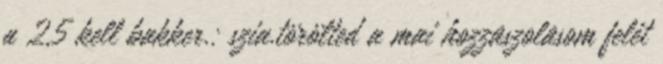
a 2,5 kell bakker.: szia.törölted a mai hozzåszolåsom felét